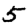
Digit: 5